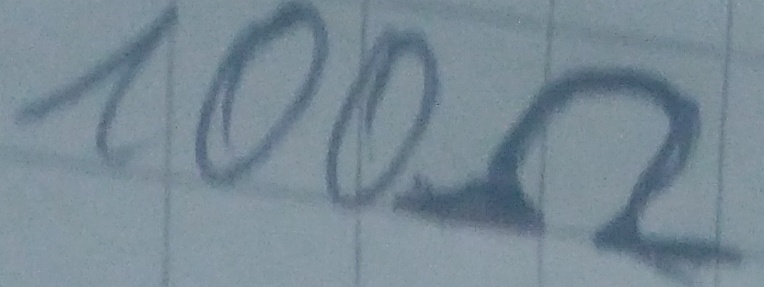
Text: 100Ω